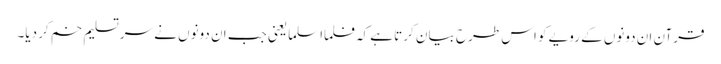
قرآن ان دونوں کے رویے کو اس طرح بیا ن کرتا ہے کہ فلما اسلما یعنی جب ان دونوں نے سرتسلیم خم کر دیا۔